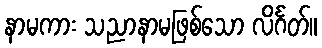
နာမကား သညာနာမဖြစ်သော လိင်္ဂတ်။